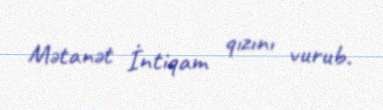
Mətanət İntiqam qızını vurub.